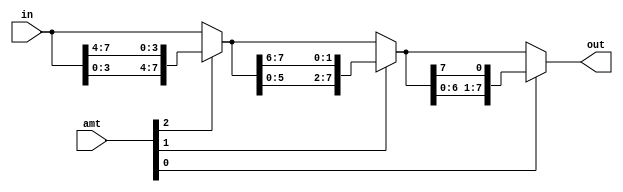
`timescale 1ns / 1ps
//////////////////////////////////////////////////////////////////////////////////
// Company: 
// Engineer: 
// 
// Design Name: 
// Module Name:    left_barrel_shifter 
// Project Name: 
// Target Devices: 
// Tool versions: 
// Description: 
//
// Dependencies: 
//
// Revision: 
// Revision 0.01 - File Created
// Additional Comments: 
//
//////////////////////////////////////////////////////////////////////////////////
module left_barrel_shifter
	(
	input wire [7:0] in,
	input wire [2:0] amt,
	output wire [7:0] out
    );
	wire [7:0] s4,s2,s1;
	
	assign s4 = amt[2] ? {in[3:0], in[7:4]} : in;
	assign s2 = amt[1] ? {s4[5:0], s4[7:6]} : s4;
	assign s1 = amt[0] ? {s2[6:0], s2[7]} : s2;
	assign out = s1;
	
endmodule